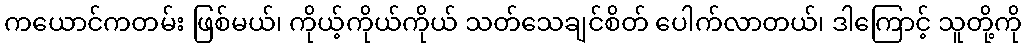
ကယောင်ကတမ်း ဖြစ်မယ်၊ ကိုယ့်ကိုယ်ကိုယ် သတ်သေချင်စိတ် ပေါက်လာတယ်၊ ဒါကြောင့် သူတို့ကို